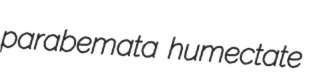
parabemata humectate